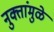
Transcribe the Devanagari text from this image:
नुक्तांमुळे